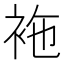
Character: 袘